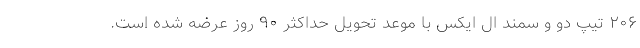
۲۰۶ تیپ دو و سمند ال ایکس با موعد تحویل حداکثر ۹۰ روز عرضه شده است.